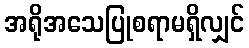
အရိုအသေပြုစရာမရှိလျှင်